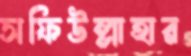
সফিউল্লাহার